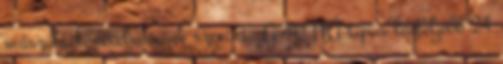
mûszaki követelmények szerint. A 40 NÁ típus legfeljebb 24